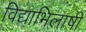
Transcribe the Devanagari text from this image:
विद्याभिलाषी